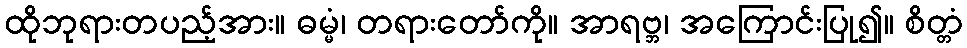
ထိုဘုရားတပည့်အား။ ဓမ္မံ၊ တရားတော်ကို။ အာရဗ္ဘ၊ အကြောင်းပြု၍။ စိတ္တံ